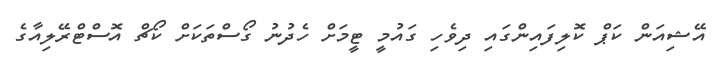
އޭޝިއަން ކަޕް ކޮލިފައިންގައި ދިވެހި ގައުމީ ޓީމަށް ހެދުނު ގޯސްތަކަށް ކޯޗް އޮސްޓްރޭލިއާގެ